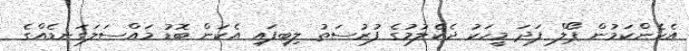
އެހެންކަމުން ޕޯލް ފަދަ މީހަކު ދެކެލުމުގެ ފުރުސަތު ލިބިފައި އެކަން ބޮޑު މައްސަލަގަނޑެއްގެ